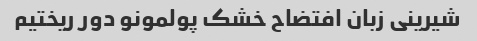
شیرینی زبان افتضاح خشک پولمونو دور ریختیم